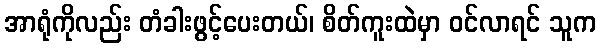
အာရုံကိုလည်း တံခါးဖွင့်ပေးတယ်၊ စိတ်ကူးထဲမှာ ဝင်လာရင် သူက